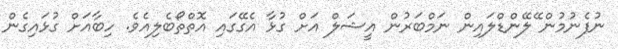
ނުފެނުމުން ޭލޭންޑްލައިން ނަމްބަރުން އީޝަލް އަށް ގުޅާ އެގޭގައި އޮތްތޯބެލިއެވެ. ހިބާއަށް ގުޅައިގެން